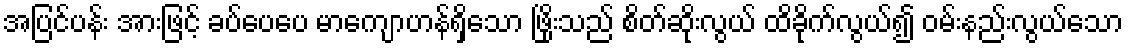
အပြင်ပန်း အားဖြင့် ခပ်ပေပေ မာကျောဟန်ရှိသော ဖြိုးသည် စိတ်ဆိုးလွယ် ထိခိုက်လွယ်၍ ဝမ်းနည်းလွယ်သော